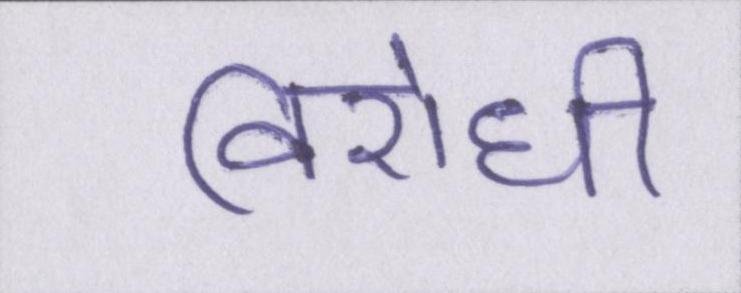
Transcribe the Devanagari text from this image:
विरोधी